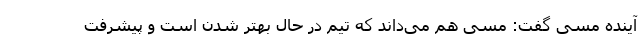
آینده مسی گفت: مسی هم می‌داند که تیم در حال بهتر شدن است و پیشرفت